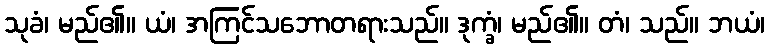
သုခံ၊ မည်၏။ ယံ၊ အကြင်သဘောတရားသည်။ ဒုက္ခံ၊ မည်၏။ တံ၊ သည်။ ဘယံ၊